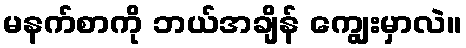
မနက်စာကို ဘယ်အချိန် ကျွေးမှာလဲ။